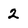
Character: 2